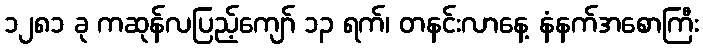
၁၂၈၁ ခု ကဆုန်လပြည့်ကျော် ၁၃ ရက်၊ တနင်းလာနေ့ နံနက်အစောကြီး